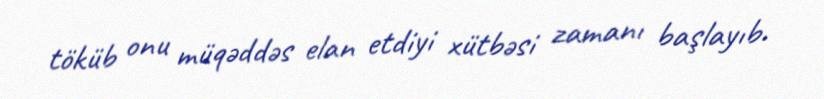
töküb onu müqəddəs elan etdiyi xütbəsi zamanı başlayıb.